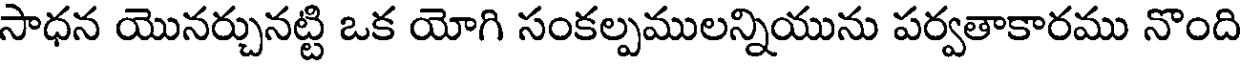
సాధన యొనర్చునట్టి ఒక యోగి సంకల్పములన్నియును పర్వతాకారము నొంది